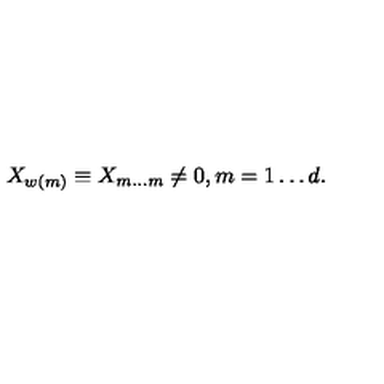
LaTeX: X _ { w ( m ) } \equiv X _ { m \ldots m } \neq 0 , m = 1 \ldots d .